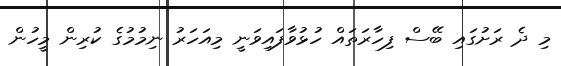
މި ދެ ރަށުގައި ބޭސް ފިހާރަތައް ހުޅުވާފައިވަނީ މިއަހަރު ނިމުމުގެ ކުރިން މީހުން